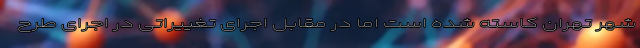
شهر تهران کاسته شده است اما در مقابل اجرای تغییراتی در اجرای طرح